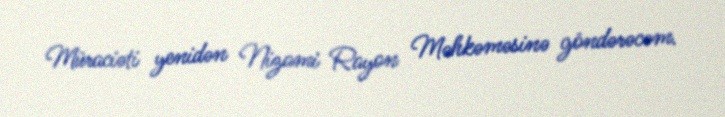
Müraciəti yenidən Nizami Rayon Məhkəməsinə göndərəcəm.